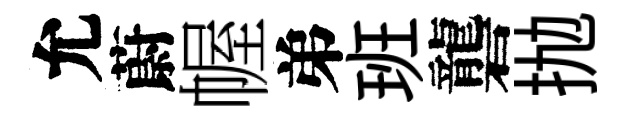
允蔚幄弟班礱抛